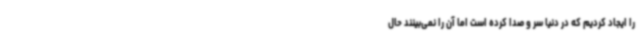
را ایجاد کردیم که در دنیا سر و صدا کرده است اما آن را نمی‌بینند حال